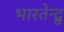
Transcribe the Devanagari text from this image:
भारतेन्द्रु